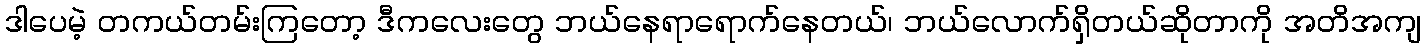
ဒါပေမဲ့ တကယ်တမ်းကြတော့ ဒီကလေးတွေ ဘယ်နေရာရောက်နေတယ်၊ ဘယ်လောက်ရှိတယ်ဆိုတာကို အတိအကျ